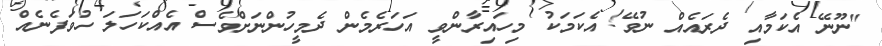
"ނޫނޭ އެކަމާއި ދެރައެއް ނުވޭ! އެކަމަކު މިހައިރާންވީ އަހަރެމެން ދެމީހުންނަށްވެސް އެއްކަހަލަ ހުވަފެނެއް